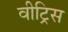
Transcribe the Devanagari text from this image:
वीट्रिस